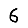
Digit: 6